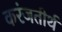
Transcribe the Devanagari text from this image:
करंजतीर्थ